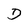
Character: D